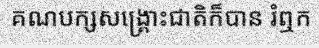
គណបក្សសង្គ្រោះជាតិក៏បាន រំឮក